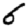
Digit: 6